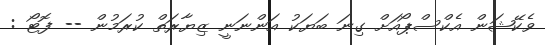
ވެކޭޝަން އެކްސްޕޯއަށް ގިނަ ބަޔަކު އަންނަނީ ޒިޔާރަތް ކުރަމުން -- ފޮޓޯ :